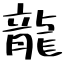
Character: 龍